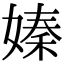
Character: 嫀